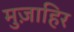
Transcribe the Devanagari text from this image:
मुज़ाहिर